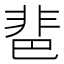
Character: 𩇯